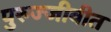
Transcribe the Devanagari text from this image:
पुरुज्जीवीत